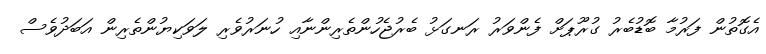
އެގޮތުން ފަރުމާ ބޮޑުބެރު ގުރޫޕަށް ފެންވަރު ރަނގަޅު ބެރުޖެހުންތެރިންނާއި ހުނަރުވެރި ލަވަކިޔުންތެރިން އަބަދުވެސް